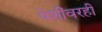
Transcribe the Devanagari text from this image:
पेशींवरही